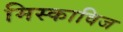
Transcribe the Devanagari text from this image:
मिस्काविज